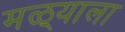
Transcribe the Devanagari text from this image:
मळ्याला